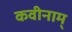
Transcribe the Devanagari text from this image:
कवीनाम्